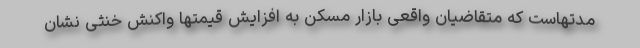
مدتهاست که متقاضیان واقعی بازار مسکن به افزایش قیمتها واکنش خنثی نشان